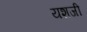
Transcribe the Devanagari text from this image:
यशजी